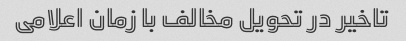
تاخیر در تحویل مخالف با زمان اعلامی